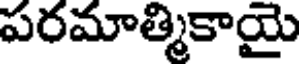
పరమాత్మికాయై